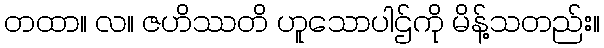
တထာ။ လ။ ဇဟိဿတိ ဟူသောပါဌ်ကို မိန့်သတည်း။